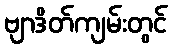
ဗျာဒိတ်ကျမ်းတွင်